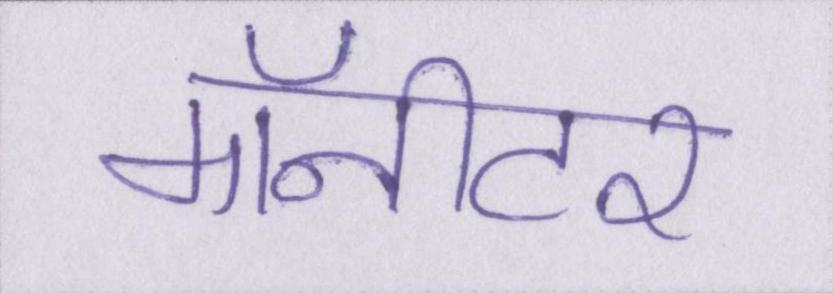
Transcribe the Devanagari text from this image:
मॉनीटर